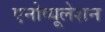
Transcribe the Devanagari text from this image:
एनोव्यूलेशन